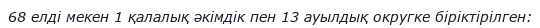
68 елді мекен 1 қалалық әкімдік пен 13 ауылдық округке біріктірілген: